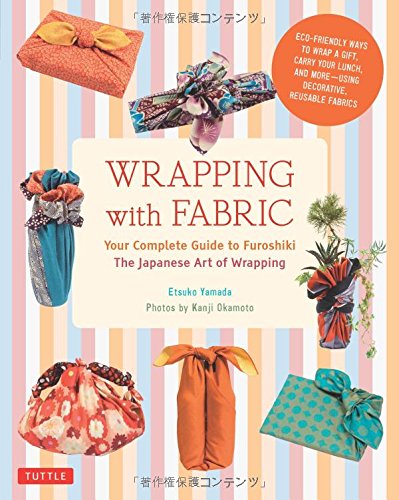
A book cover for Wrapping with Fabric: Your Complete Guide to Furoshiki-The Japanese Art of Wrapping; Etsuko Yamada; Crafts, Hobbies & Home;